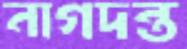
নাগদন্ত